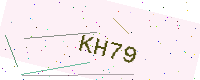
Text: KH79